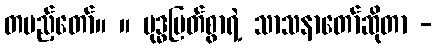
တပည့်တော်။ ။ ဗုဒ္ဓမြတ်စွာရဲ့ သာသနာတော်ဆိုတာ -